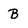
Character: B